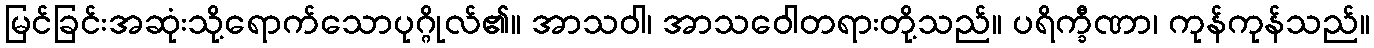
မြင်ခြင်းအဆုံးသို့ရောက်သောပုဂ္ဂိုလ်၏။ အာသဝါ၊ အာသဝေါတရားတို့သည်။ ပရိက္ခီဏာ၊ ကုန်ကုန်သည်။